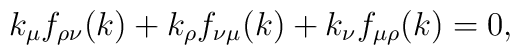
k_\mu f_{\rho \nu}(k) + k_\rho f_{\nu \mu}(k)  + k_\nu f_{\mu \rho}(k) = 0,